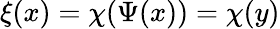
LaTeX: \xi(x)=\chi(\Psi(x))=\chi(y)